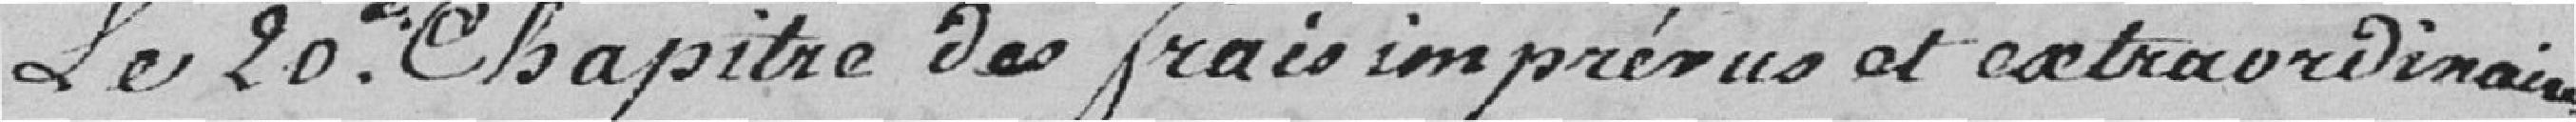
Le 20e Chapitre des frais imprévus et extraordinaires